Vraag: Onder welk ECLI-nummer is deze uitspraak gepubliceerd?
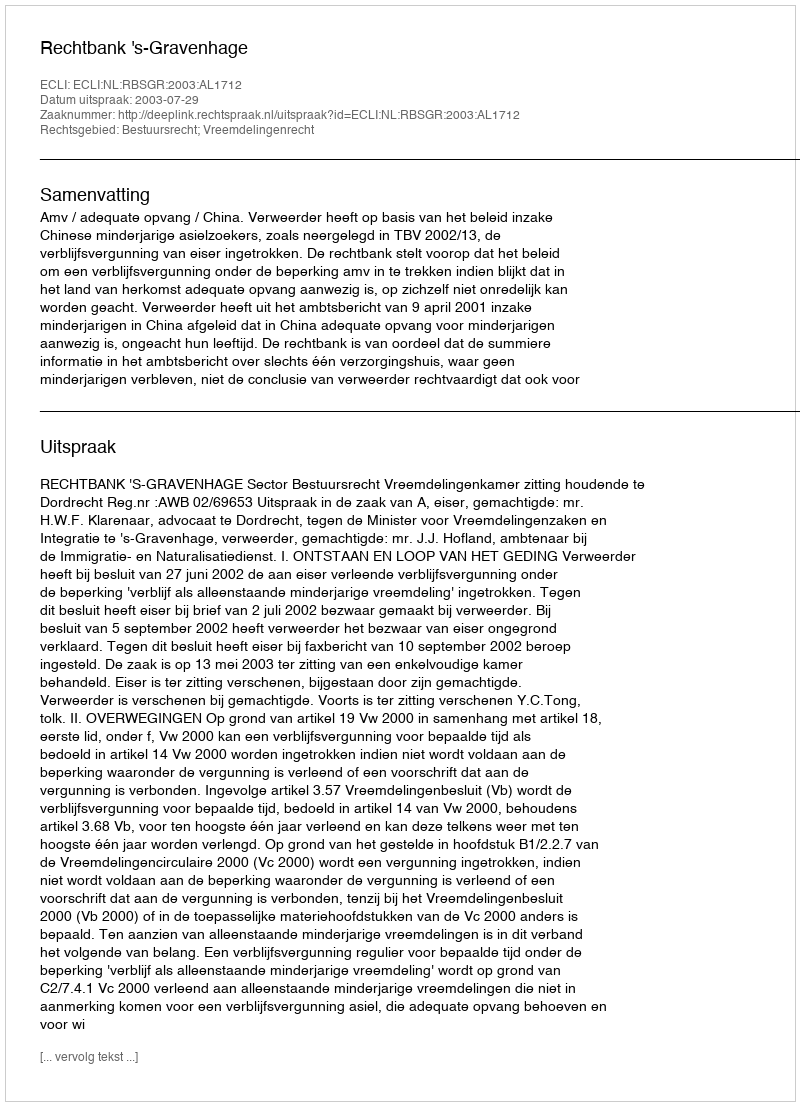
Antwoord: ECLI:NL:RBSGR:2003:AL1712